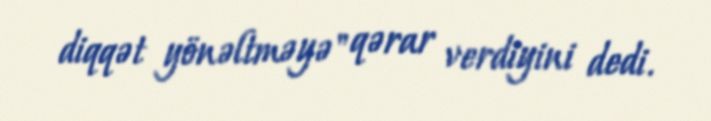
diqqət yönəltməyə" qərar verdiyini dedi.